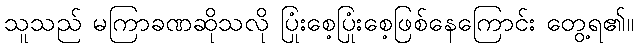
သူသည် မကြာခဏဆိုသလို ပြုံးစေ့ပြုံးစေ့ဖြစ်နေကြောင်း တွေ့ရ၏။